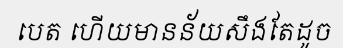
បេត ហើយមានន័យសឹងតែដូច